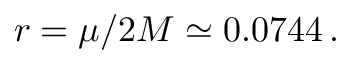
r = \mu / 2 M \simeq 0 . 0 7 4 4 \, .